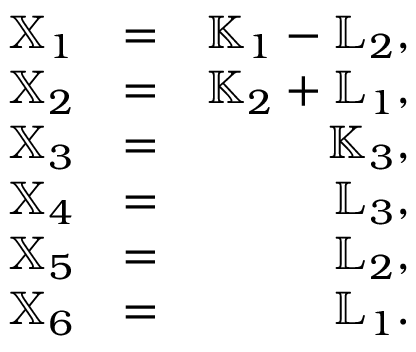
\begin{array} { r l r } { { \mathbb X } _ { 1 } } & { = } & { { \mathbb K } _ { 1 } - { \mathbb L } _ { 2 } , } \\ { { \mathbb X } _ { 2 } } & { = } & { { \mathbb K } _ { 2 } + { \mathbb L } _ { 1 } , } \\ { { \mathbb X } _ { 3 } } & { = } & { { \mathbb K } _ { 3 } , } \\ { { \mathbb X } _ { 4 } } & { = } & { { \mathbb L } _ { 3 } , } \\ { { \mathbb X } _ { 5 } } & { = } & { { \mathbb L } _ { 2 } , } \\ { { \mathbb X } _ { 6 } } & { = } & { { \mathbb L } _ { 1 } . } \end{array}